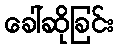
ခေါ်ဆိုခြင်း